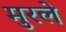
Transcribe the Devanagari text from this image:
मुरले